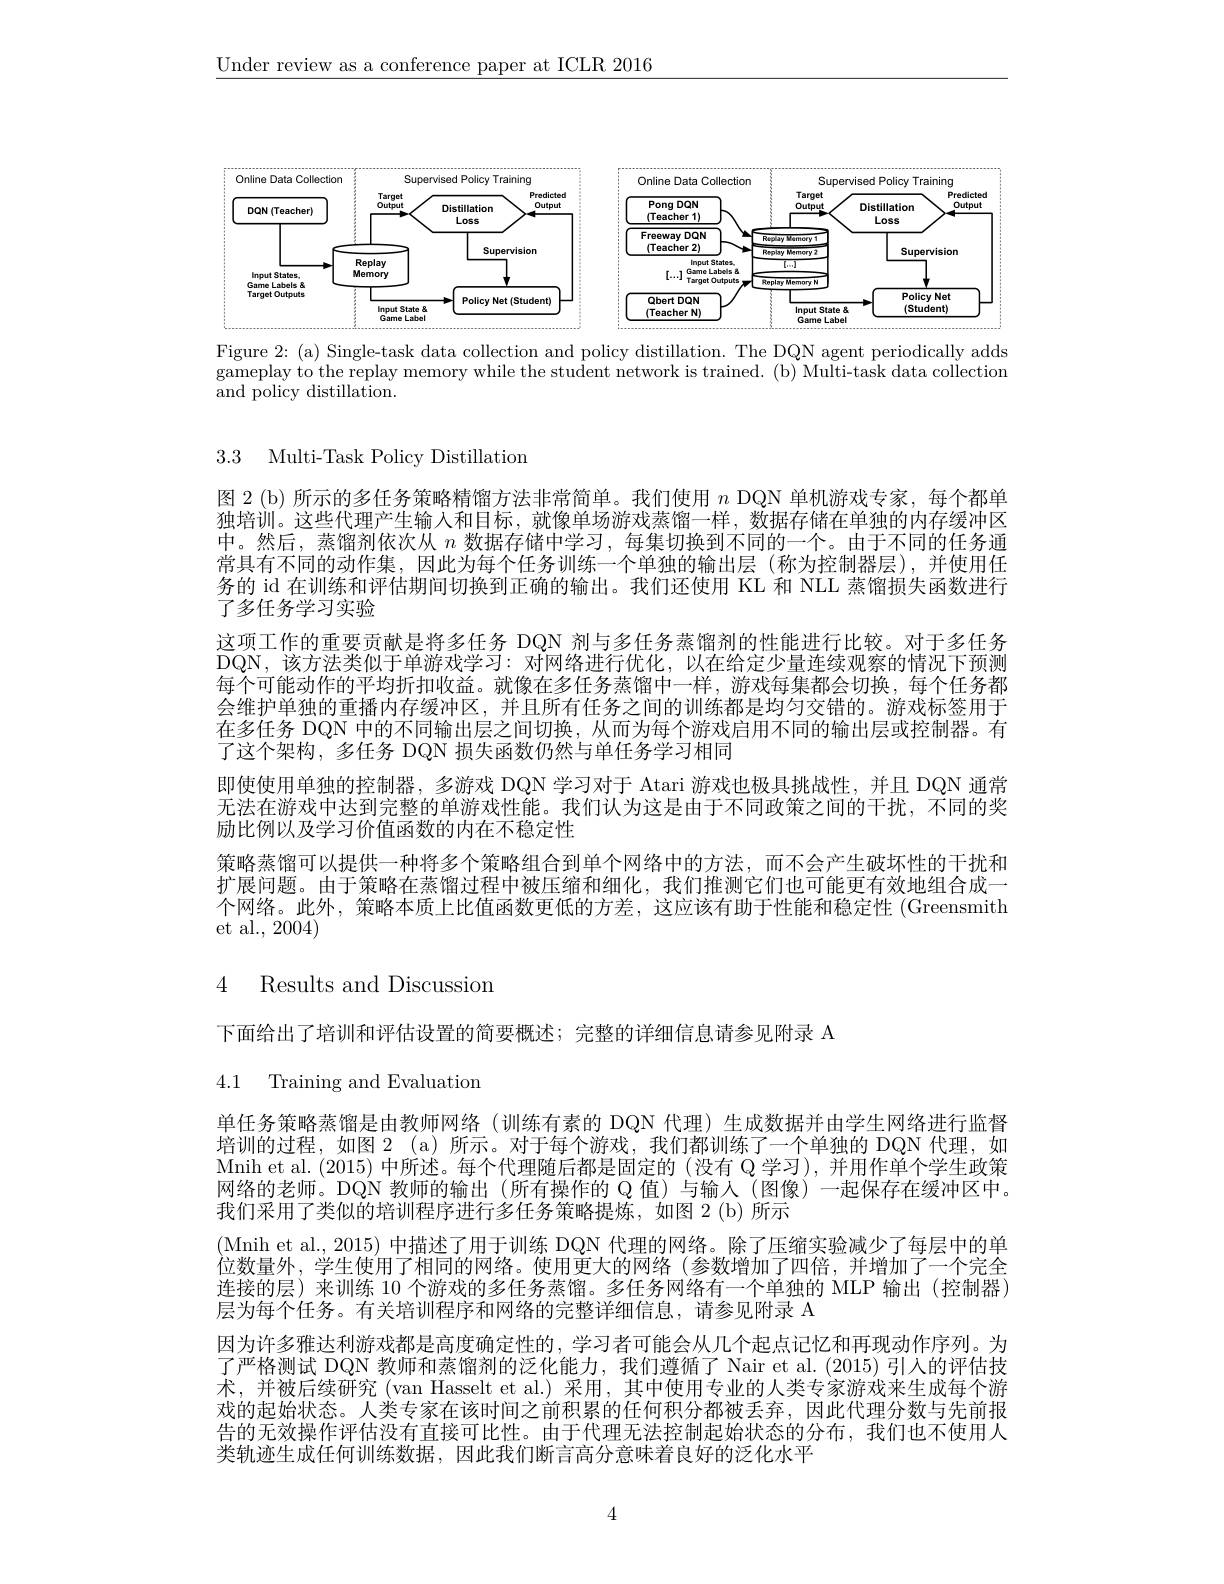
$\underline{\text{Under review as a conference paper at ICLR 2016}}$

<FigureHere>
Figure 2: (a) Single-task data collection and policy distillation. The DQN agent periodically adds

gameplay to the replay memory while the student network is trained. (b) Multi-task data collection
${\overset{\circ}{\operatorname*{\operatorname*{and}}}}{\overset{\circ}{\operatorname*{\operatorname*{policy}}}}{\overset{\circ}{\operatorname*{\operatorname*{\operatorname*{distillation}}}}}.$

3.3 Multi-Task Policy Distillation

图 2 (b) 所示的多任务策略精馏方法非常简单。我们使用$n$ DQN 单机游戏专家，每个都单独培训。这些代理产生输入和目标，就像单场游戏蒸馏一样，数据存储在单独的内存缓冲区中。然后，蒸馏剂依次从$n$数据存储中学习，每集切换到不同的一个。由于不同的任务通常具有不同的动作集，因此为每个任务训练一个单独的输出层(称为控制器层),并使用任务的 id 在训练和评估期间切换到正确的输出。我们还使用 KL 和 NLL 蒸馏损失函数进行了多任务学习实验
这项工作的重要贡献是将多任务 DQN 剂与多任务蒸馏剂的性能进行比较。对于多任务DQN,该方法类似于单游戏学习：对网络进行优化，以在给定少量连续观察的情况下预测每个可能动作的平均折扣收益。就像在多任务蒸馏中一样，游戏每集都会切换，每个任务都会维护单独的重播内存缓冲区，并且所有任务之间的训练都是均匀交错的。游戏标签用于在多任务 DQN 中的不同输出层之间切换，从而为每个游戏启用不同的输出层或控制器。有了这个架构，多任务 DQN 损失函数仍然与单任务学习相同
即使使用单独的控制器，多游戏 DQN 学习对于 Atari 游戏也极具挑战性，并且 DQN 通常无法在游戏中达到完整的单游戏性能。我们认为这是由于不同政策之间的干扰，不同的奖励比例以及学习价值函数的内在不稳定性
策略蒸馏可以提供一种将多个策略组合到单个网络中的方法，而不会产生破坏性的干扰和扩展问题。由于策略在蒸馏过程中被压缩和细化，我们推测它们也可能更有效地组合成一个网络。此外，策略本质上比值函数更低的方差，这应该有助于性能和稳定性 (Greensmith et al., 2004)

# 4 Results and Discussion

4.1 Training and Evaluatiom

下面给出了培训和评估设置的简要概述；完整的详细信息请参见附录 A
单任务策略蒸馏是由教师网络(训练有素的 DQN 代理)生成数据并由学生网络进行监督培训的过程，如图2 (a)所示。对于每个游戏，我们都训练了一个单独的 DQN 代理，如Mnih et al. (2015) 中所述。每个代理随后都是固定的 (没有 Q 学习), 并用作单个学生政策网络的老师。DQN 教师的输出 (所有操作的 Q 值)与输人 (图像) 一起保存在缓冲区中。我们采用了类似的培训程序进行多任务策略提炼，如图 2(b) 所示
(Mnih et al., 2015) 中描述了用于训练 DQN 代理的网络。除了压缩实验减少了每层中的单位数量外，学生使用了相同的网络。使用更大的网络(参数增加了四倍，并增加了一个完全连接的层)来训练 10 个游戏的多任务蒸馏。多任务网络有一个单独的 MLP 输出(控制器) 层为每个任务。有关培训程序和网络的完整详细信息，请参见附录 A
因为许多雅达利游戏都是高度确定性的，学习者可能会从几个起点记忆和再现动作序列。为了严格测试 DQN 教师和蒸馏剂的泛化能力，我们遵循了 Nair et al.(2015) 引人的评估技术，并被后续研究(van Hasselt et al.)采用，其中使用专业的人类专家游戏来生成每个游戏的起始状态。人类专家在该时间之前积累的任何积分都被丢弃，因此代理分数与先前报告的无效操作评估没有直接可比性。由于代理无法控制起始状态的分布，我们也不使用人类轨迹生成任何训练数据，因此我们断言高分意味着良好的泛化水平

4